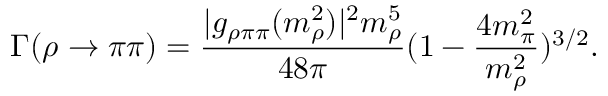
\Gamma ( \rho \rightarrow \pi \pi ) = \frac { | g _ { \rho \pi \pi } ( m _ { \rho } ^ { 2 } ) | ^ { 2 } m _ { \rho } ^ { 5 } } { 4 8 \pi } ( 1 - \frac { 4 m _ { \pi } ^ { 2 } } { m _ { \rho } ^ { 2 } } ) ^ { 3 / 2 } .